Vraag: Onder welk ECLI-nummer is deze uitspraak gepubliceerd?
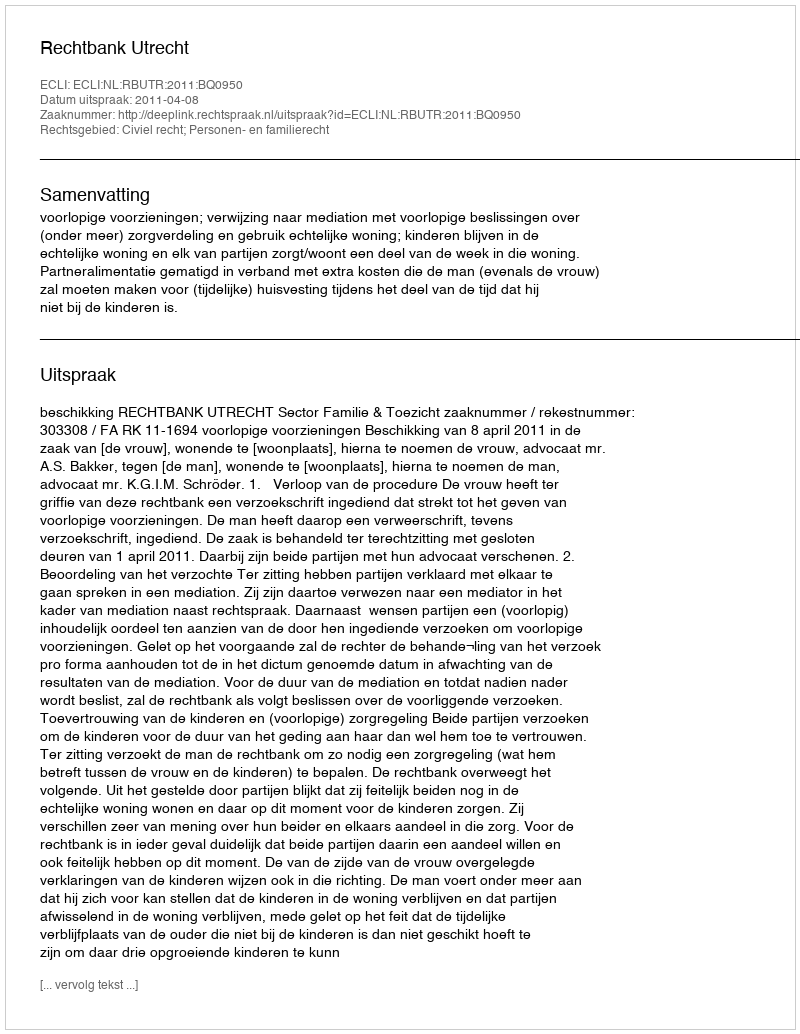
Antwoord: ECLI:NL:RBUTR:2011:BQ0950